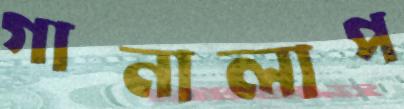
গানালাপ